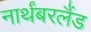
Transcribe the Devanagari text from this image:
नार्थंबरलैंड